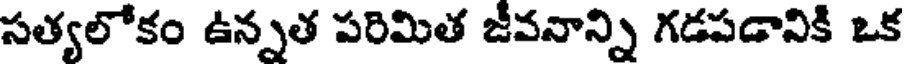
సత్యలోకం ఉన్నత పరిమిత జీవనాన్ని గడపడానికి ఒక